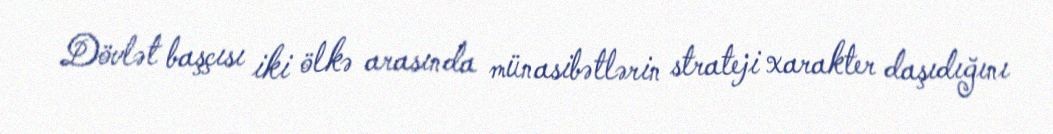
Dövlət başçısı iki ölkə arasında münasibətlərin strateji xarakter daşıdığını